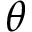
\theta